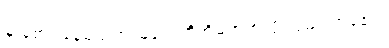
မှ စောင့်နေမည်ဟု မြခက်တို့အိမ်ဘက်သို့ လှည့်လာခဲ့၏။